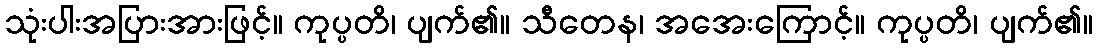
သုံးပါးအပြားအားဖြင့်။ ကုပ္ပတိ၊ ပျက်၏။ သီတေန၊ အအေးကြောင့်။ ကုပ္ပတိ၊ ပျက်၏။